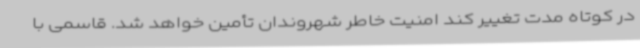
در کوتاه مدت تغییر کند امنیت خاطر شهروندان تأمین خواهد شد. قاسمی با